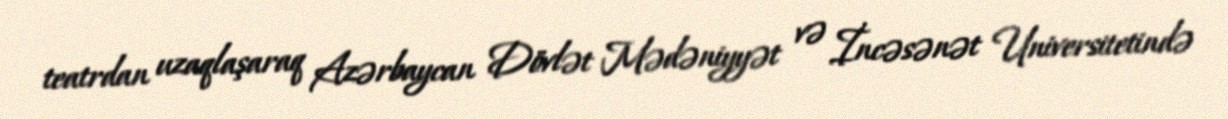
teatrdan uzaqlaşaraq Azərbaycan Dövlət Mədəniyyət və İncəsənət Universitetində